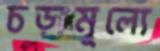
চড়ামূল্যে